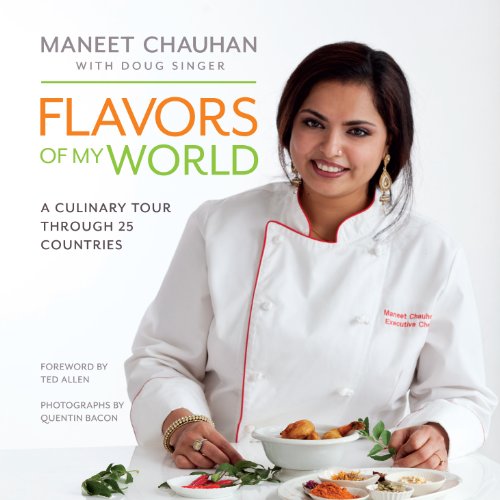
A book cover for Flavors of My World; Maneet Chauhan; Cookbooks, Food & Wine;